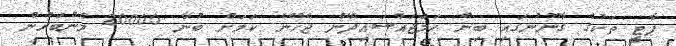
ޕާޓީ ތަކުގެ ގާނޫނުގައި ބިން ހަމަޖައްސައިދޭން ޖެހޭނެ ކަމަށް ބުނާ 20000 މެންބަރުން